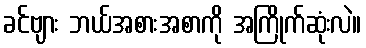
ခင်ဗျား ဘယ်အစားအစာကို အကြိုက်ဆုံးလဲ။